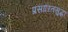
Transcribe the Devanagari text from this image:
प्रसारितसुद्धा